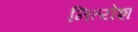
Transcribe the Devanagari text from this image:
नित्येश